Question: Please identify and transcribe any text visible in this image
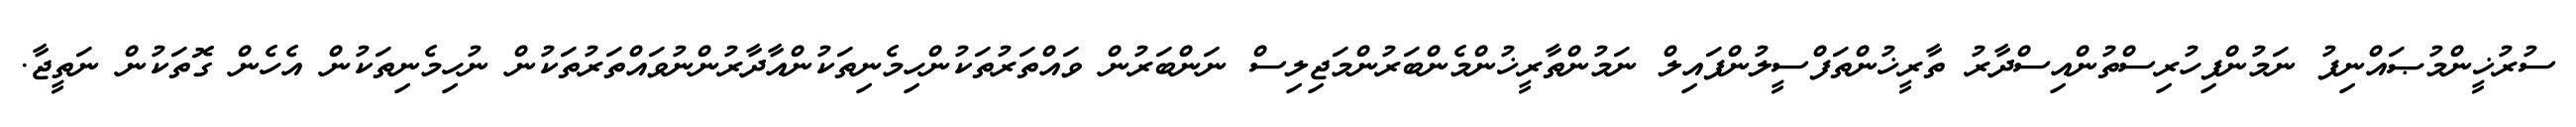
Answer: ސުރުޚީންމުޞައްނިފު ނަމުންފިހުރިސްތުންއިސްދާރު ތާރީޚުންތަފްސީލުންފައިލް ނަމުންތާރީޚުންމެންބަރުންމަޖިލިސް ނަންބަރުން ވައްތަރުތަކުންހިމެނިތަކުންއާދާރުންނުވައްތަރުތަކުން ނުހިމެނިތަކުން އެހެން ގޮތަކުން ނަތީޖާ.